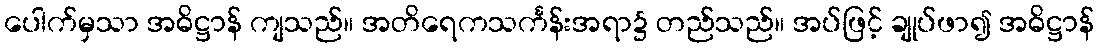
ပေါက်မှသာ အဓိဋ္ဌာန် ကျသည်။ အတိရေကသင်္ကန်းအရာ၌ တည်သည်။ အပ်ဖြင့် ချုပ်ဖာ၍ အဓိဋ္ဌာန်